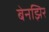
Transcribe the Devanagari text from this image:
बेनझिर